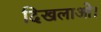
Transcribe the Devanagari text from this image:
दिखलाओ।